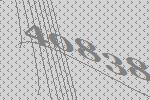
40838